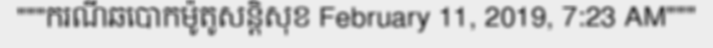
"""ករណីឆបោកម៉ូតូសន្តិសុខ February 11, 2019, 7:23 AM"""